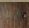
أنه